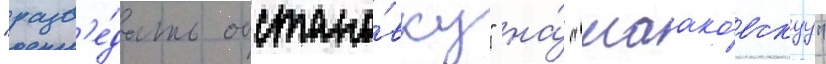
"разв'е́дать обстано́вку" на́ "маако́вскуу"